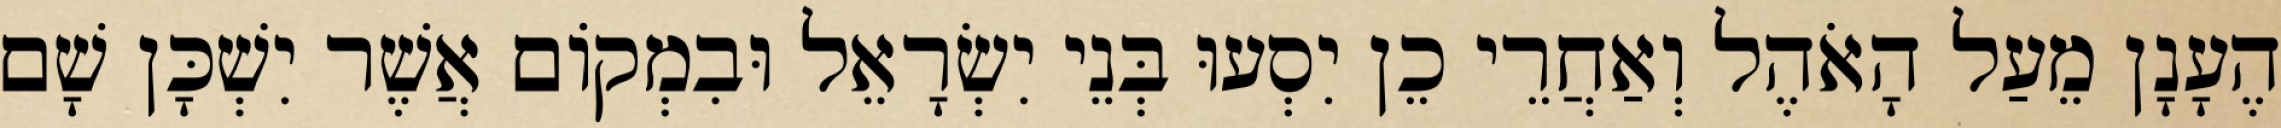
הֶעָנָן מֵעַל הָאֹהֶל וְאַחֲרֵי כֵן יִסְעוּ בְּנֵי יִשְׂרָאֵל וּבִמְקוֹם אֲשֶׁר יִשְׁכָּן שָׁם